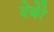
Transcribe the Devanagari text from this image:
देबेरे